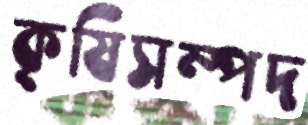
কৃষিসম্পদ